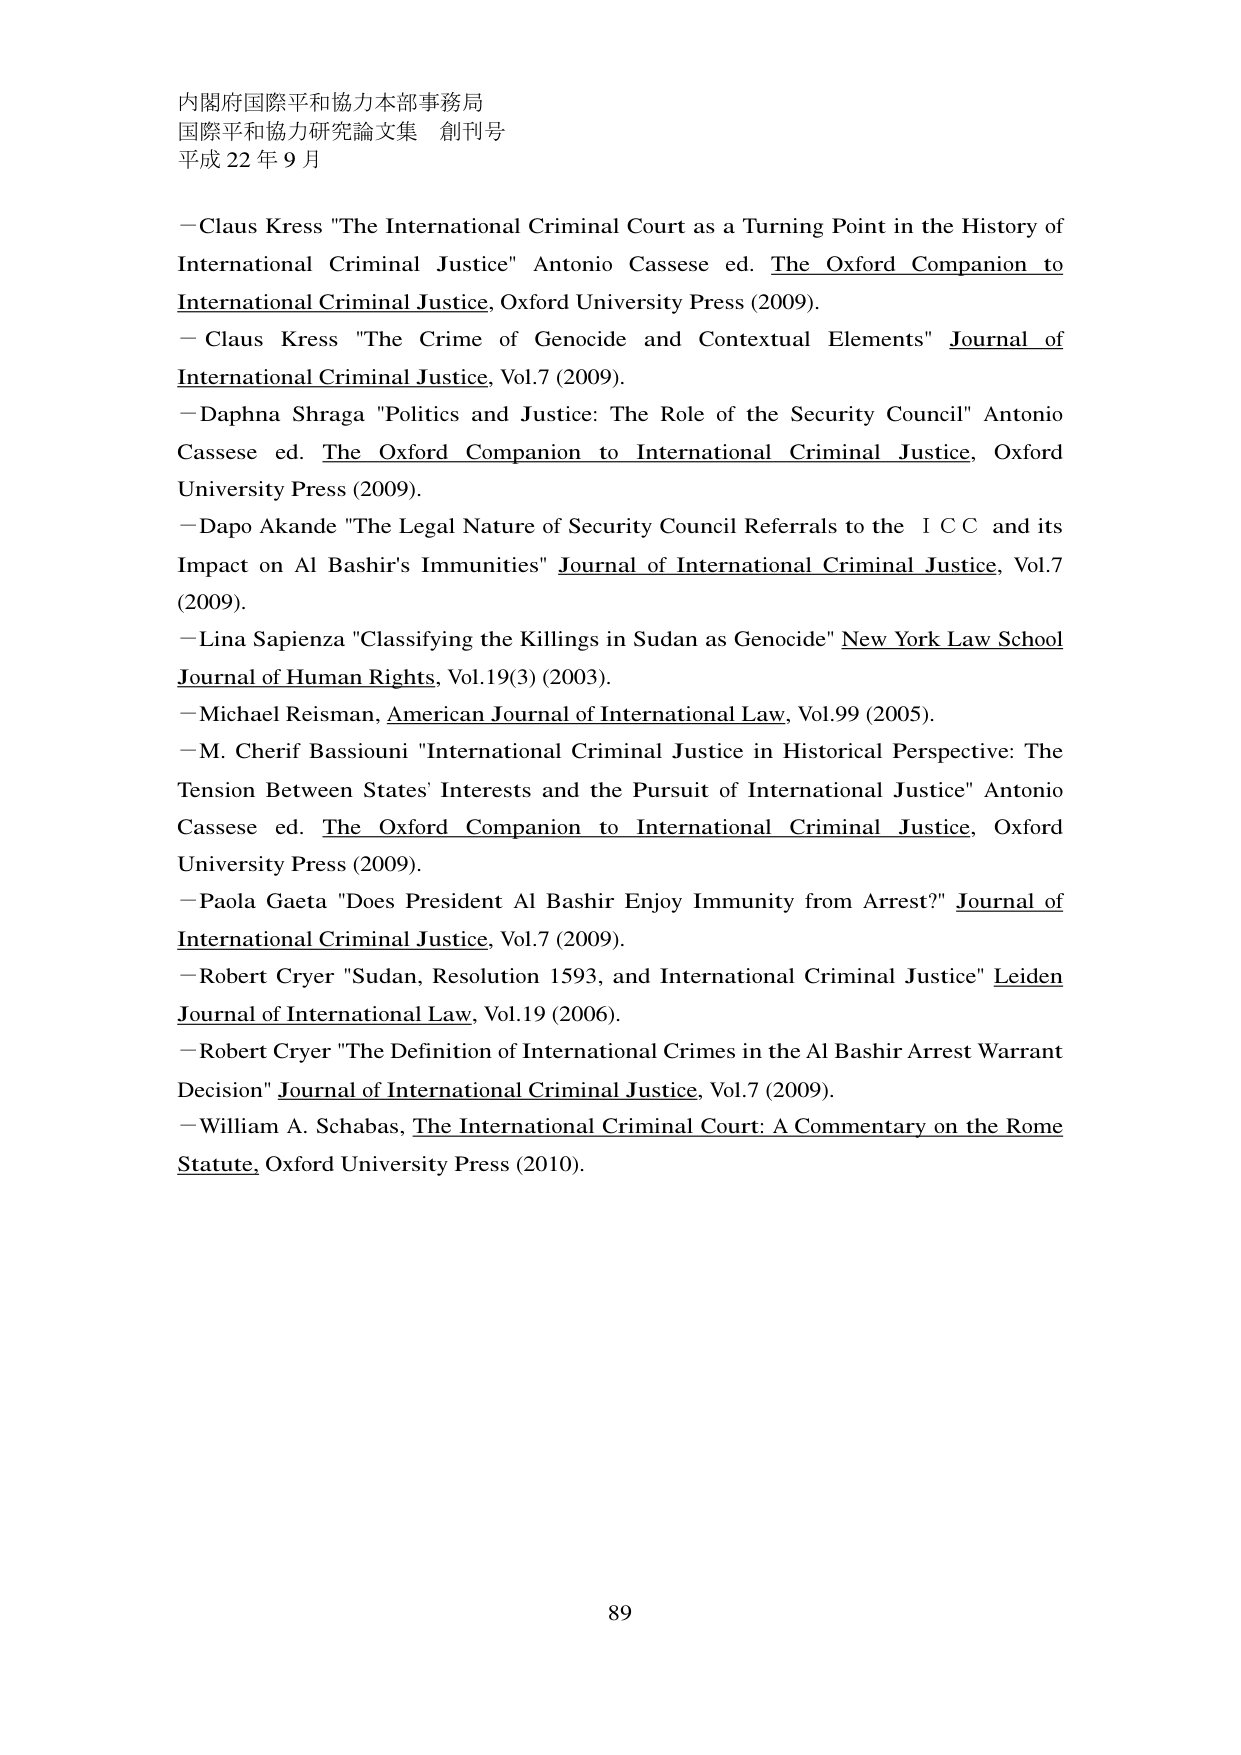
内閣府国際平和協力本部事務局
国際平和協力研究論文集 創刊号
平成22年9月

－Claus Kress "The International Criminal Court as a Turning Point in the History of International Criminal Justice" Antonio Cassese ed. The Oxford Companion to International Criminal Justice, Oxford University Press (2009).
－Claus Kress "The Crime of Genocide and Contextual Elements" Journal of International Criminal Justice, Vol.7 (2009).
－Daphna Shraga "Politics and Justice: The Role of the Security Council" Antonio Cassese ed. The Oxford Companion to International Criminal Justice, Oxford University Press (2009).
－Dapo Akande "The Legal Nature of Security Council Referrals to the I C C and its Impact on Al Bashir's Immunities" Journal of International Criminal Justice, Vol.7 (2009).
－Lina Sapienza "Classifying the Killings in Sudan as Genocide" New York Law School Journal of Human Rights, Vol.19(3) (2003).
－Michael Reisman, American Journal of International Law, Vol.99 (2005).
－M. Cherif Bassiouni "International Criminal Justice in Historical Perspective: The Tension Between States' Interests and the Pursuit of International Justice" Antonio Cassese ed. The Oxford Companion to International Criminal Justice, Oxford University Press (2009).
－Paola Gaeta "Does President Al Bashir Enjoy Immunity from Arrest?" Journal of International Criminal Justice, Vol.7 (2009).
－Robert Cryer "Sudan, Resolution 1593, and International Criminal Justice" Leiden Journal of International Law, Vol.19 (2006).
－Robert Cryer "The Definition of International Crimes in the Al Bashir Arrest Warrant Decision" Journal of International Criminal Justice, Vol.7 (2009).
－William A. Schabas, The International Criminal Court: A Commentary on the Rome Statute, Oxford University Press (2010).

89